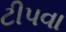
ટીપવા